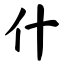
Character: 什